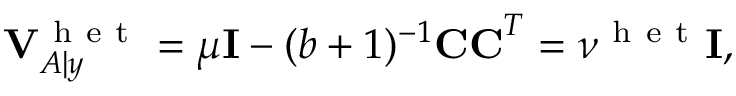
\mathbf { V } _ { A | y } ^ { \mathrm { ~ h ~ e ~ t ~ } } = \mu \mathbf { I } - ( b + 1 ) ^ { - 1 } \mathbf { C C } ^ { T } = \nu ^ { \mathrm { ~ h ~ e ~ t ~ } } \mathbf { I } ,